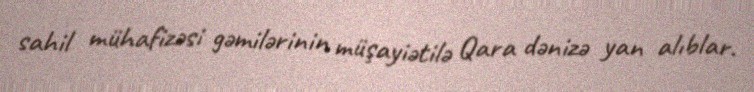
sahil mühafizəsi gəmilərinin müşayiətilə Qara dənizə yan alıblar.